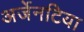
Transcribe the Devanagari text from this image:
अर्जेनटिया